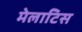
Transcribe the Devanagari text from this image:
मेलाटिस